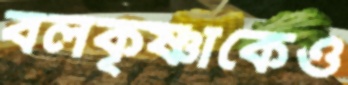
বলকৃষ্ণাকেও